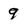
Character: 9